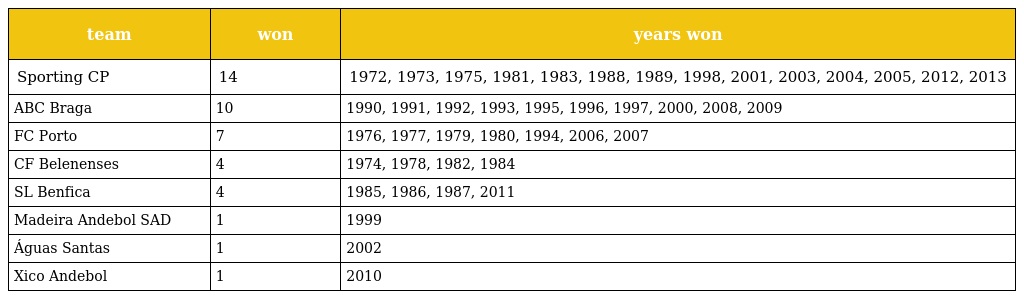
| team | won | years won |
 | --- | --- | --- |
 | Sporting CP | 14 | 1972, 1973, 1975, 1981, 1983, 1988, 1989, 1998, 2001, 2003, 2004, 2005, 2012, 2013 |
 | ABC Braga | 10 | 1990, 1991, 1992, 1993, 1995, 1996, 1997, 2000, 2008, 2009 |
 | FC Porto | 7 | 1976, 1977, 1979, 1980, 1994, 2006, 2007 |
 | CF Belenenses | 4 | 1974, 1978, 1982, 1984 |
 | SL Benfica | 4 | 1985, 1986, 1987, 2011 |
 | Madeira Andebol SAD | 1 | 1999 |
 | Águas Santas | 1 | 2002 |
 | Xico Andebol | 1 | 2010 |